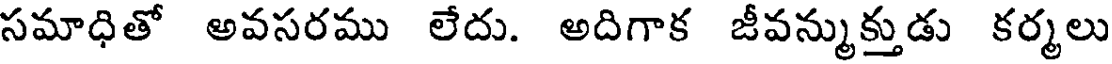
సమాధితో అవసరము లేదు. అదిగాక జీవన్ముక్తుడు కర్మలు